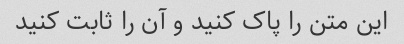
این متن را پاک کنید و آن را ثابت کنید